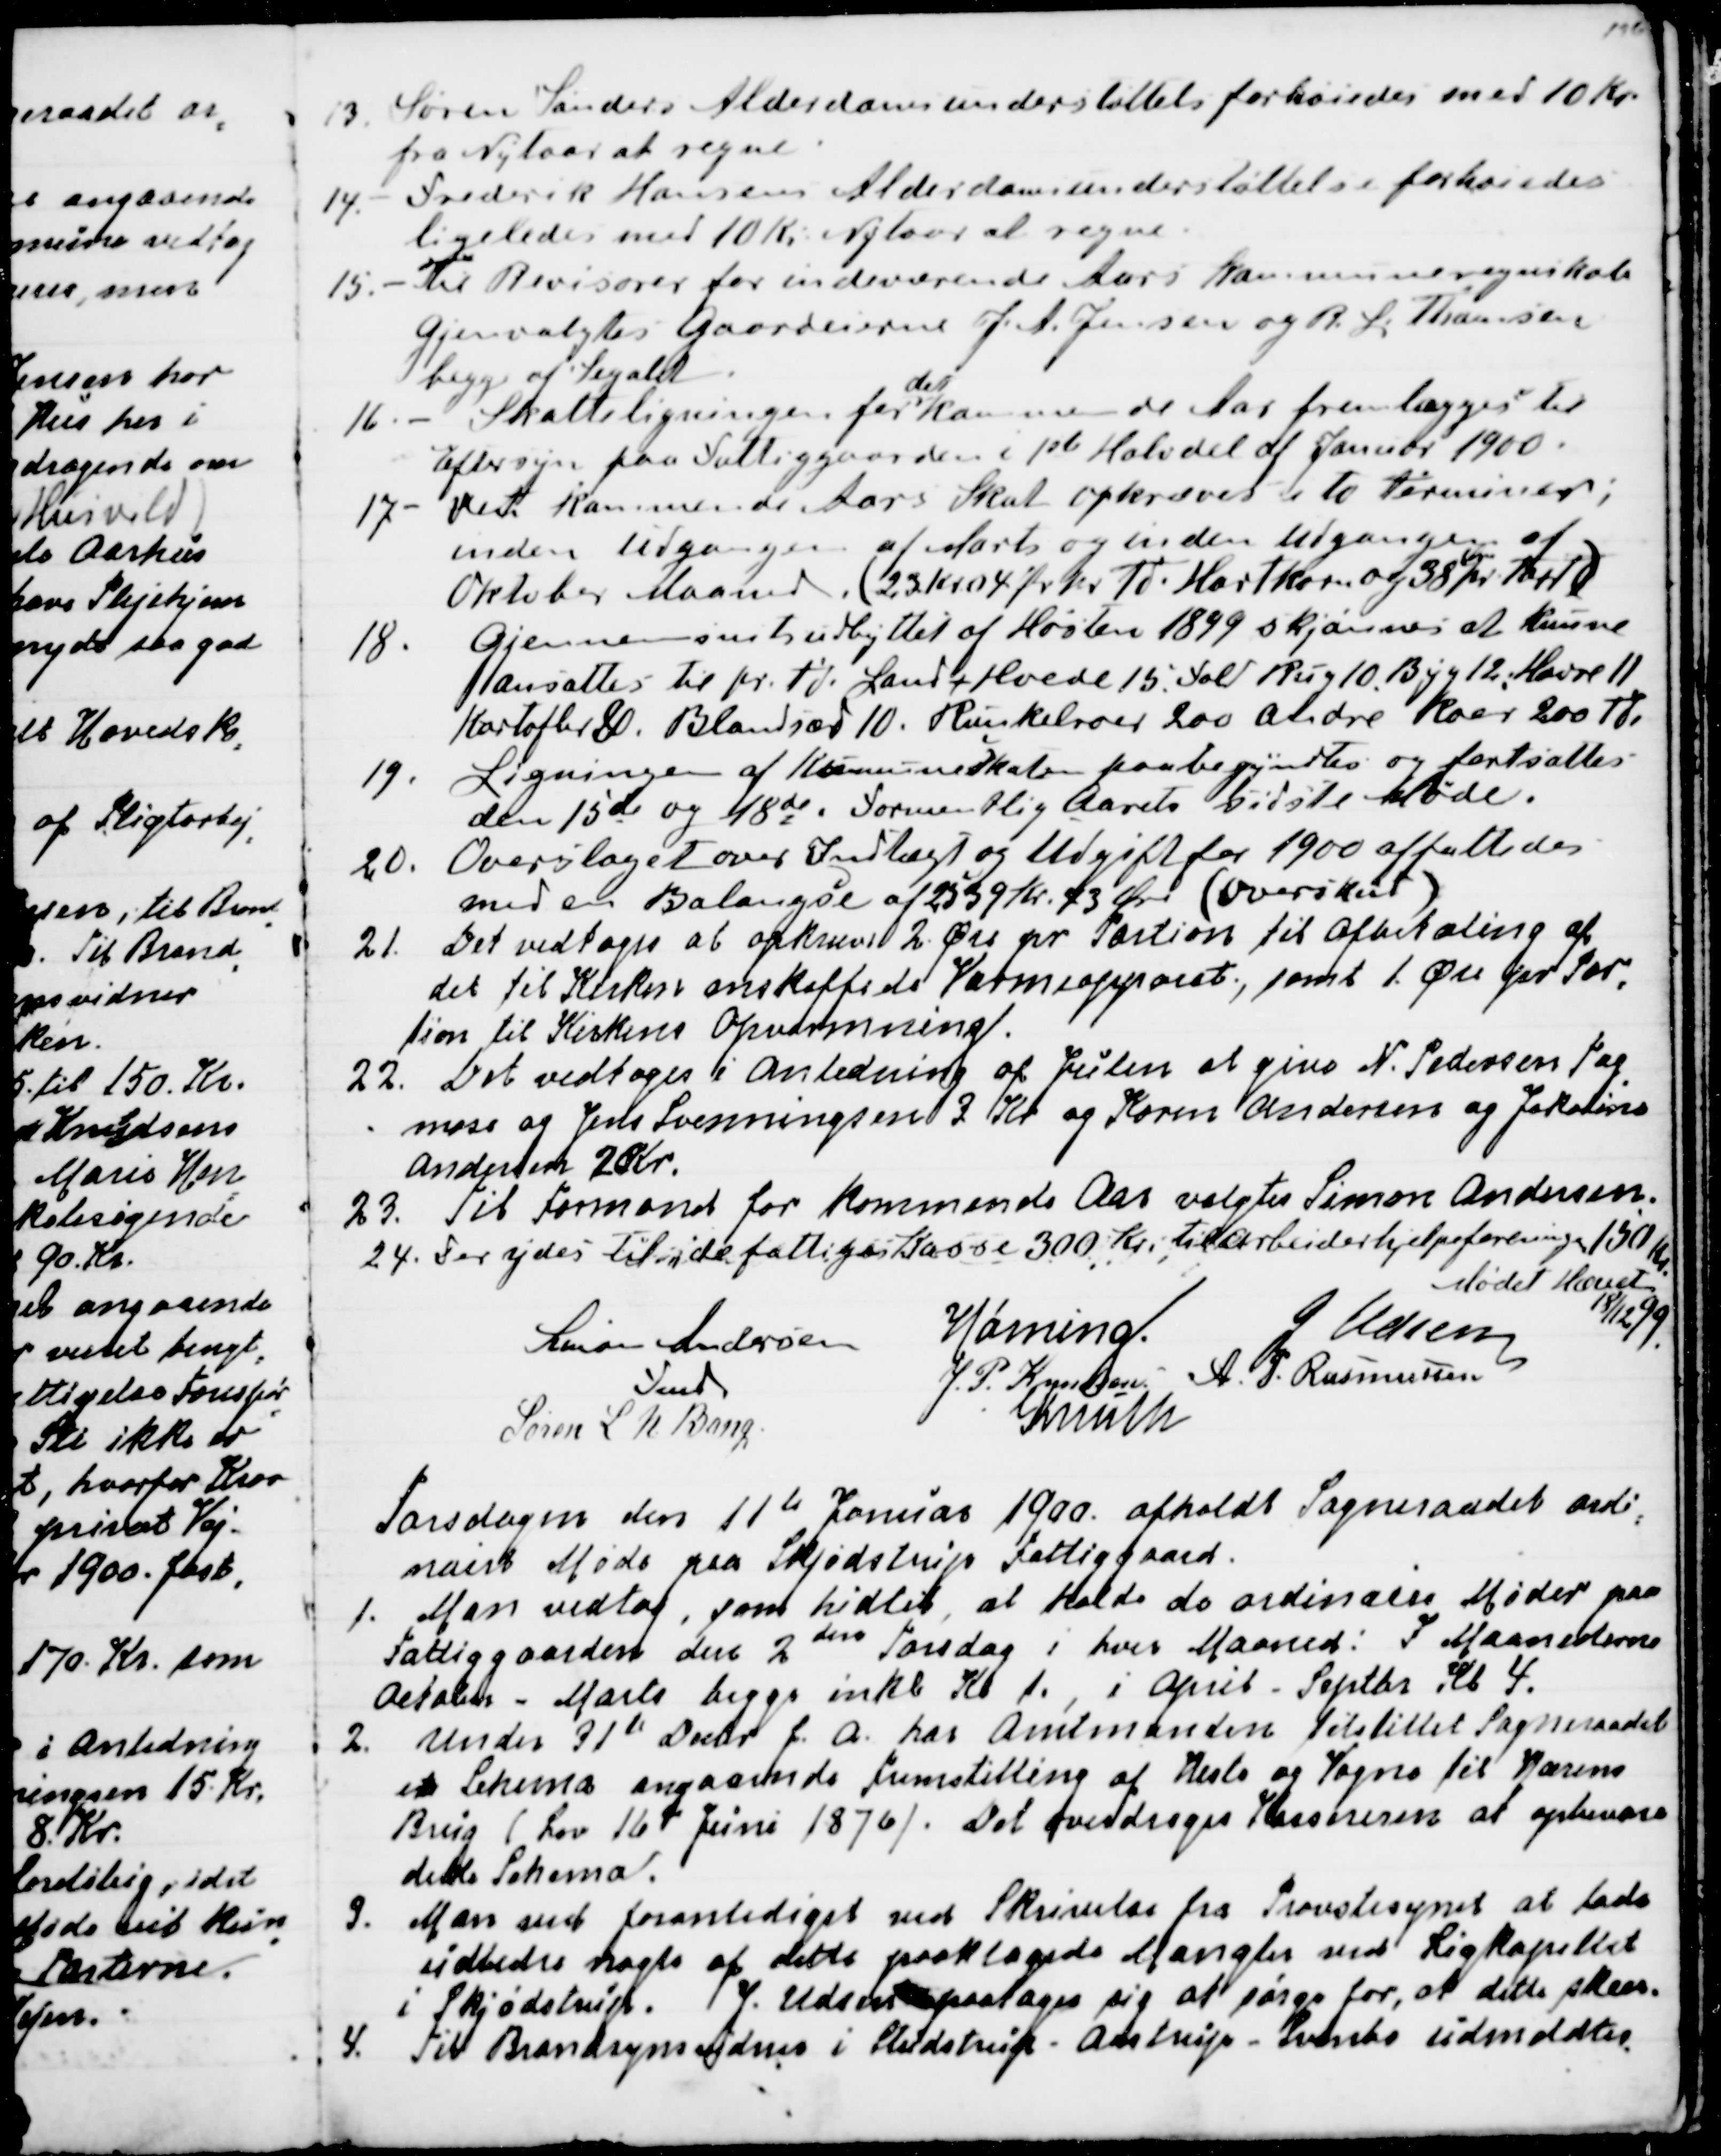
Transskription:
13. Søren Sønders Alderdomsunderstøttelse forhøiedes med 10 Kr.
fra Nytaar at regne.
14. Frederik Hansens Alderdomsunderstøttelse forhøiedes 
ligeledes med 10. Kr. Nytaar at regne.
15. - Til Revisorer for indeværende Aars Kommuneregnskab
gjenvalgtes Gaardeierne J. A. Jensen og R. L. Thomsen
begge af Segalt
16. - Skatteligningen for
det
kommende Aar fremlægges til
Eftersyn paa Fattiggaarden i 1st Halvdel af Januar 1900.
17. - Det kommende Aars Skat opkræves i to Terminer;
inden udgangen af Marts og inden udgangen af 
Oktober Maaned. (23 Kr.04 Ør pr Td. Hartkorn og 38 pr 
favn
Tørt)
18. Gjennemsnitsudbyttet af Høsten 1899 skjønnes at kunne
ansættes til pr Td. Land Hvede 15. Fold Rug 10. Byg 12, Havre 11
Kartofler 80. Blandsæd 10. Runkelroer 200 andre Roer 200 Td
19. Ligningen af Kommuneskaten paabegjyndtes og fortsættes
den 15de og 18de. Formentlig Aarets sidste Møde.
20. Overslaget over Indtægt og Udgift for 1900 affattedes
med en Balangse af 2339 Kr. 73 Øre. (Overskud)
21. Det vedtoges at opkræve 2 Øre pr Portion til Afbetaling af
det til Kirken anskaffede Varmeapparat, samt 1 Øre pr. Por
=
tion til Kirkens Opvarmning.
22. Det vedtoges i Anledning af Julen at give N. Pedersen Tag
=
mose og Jens Svenningsen 3 Kr og Karen Andersen og Jakobine
Andersen 20 Kr.
23. Til Formand for kommende Aar valgtes Simon Andersen.
24. Der ydes til de fattiges Kasse 300 Kr. til Arbeiderhjelpeforeningen 150 Kr.
Mødet Hævet 
18/12 99
Simon Andersen
Fmd
Hørning.
J Udsen
J. P. Knudsen
A. P. Rasmussen
Søren L N Bang
Knuth

Torsdagen den 11te Januar 1900 afholdt Sogneraadet ordi
=
nairt Møde paa Skjødstrup Fattiggaard.
1. Man vedtog, som hidtil, at holde de ordinaire Møder paa
Fattiggaarden den 2den Torsdag i hver Maaned: I Maanederne
Oktober - Marts begge inkl Kl 1., i April - Septbr Kl 4.
2. Under 31te Decbr f.A. har Amtmanden tilstillet Sogneraadet
et Schema angaaende Fremstilling af Heste og Vogne til Hærens
Brug (Lov 16de Juni 1876). Det overdroges Kassereren at opbevare
dette Schema.
3. Man ved foranlediget ved Skrivelse fra Provstesynet at lade
udbedre nogle af dette paaklagede Mangler ved Ligkapellet
i Skjødstrup. J. Udsen paatager sig at sørge for, at dette skeer.
4. Til Brandsynsvidner i Studstrup - Aastrup - Svinbo udmeldtes